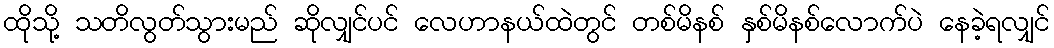
ထိုသို့ သတိလွတ်သွားမည် ဆိုလျှင်ပင် လေဟာနယ်ထဲတွင် တစ်မိနစ် နှစ်မိနစ်လောက်ပဲ နေခဲ့ရလျှင်